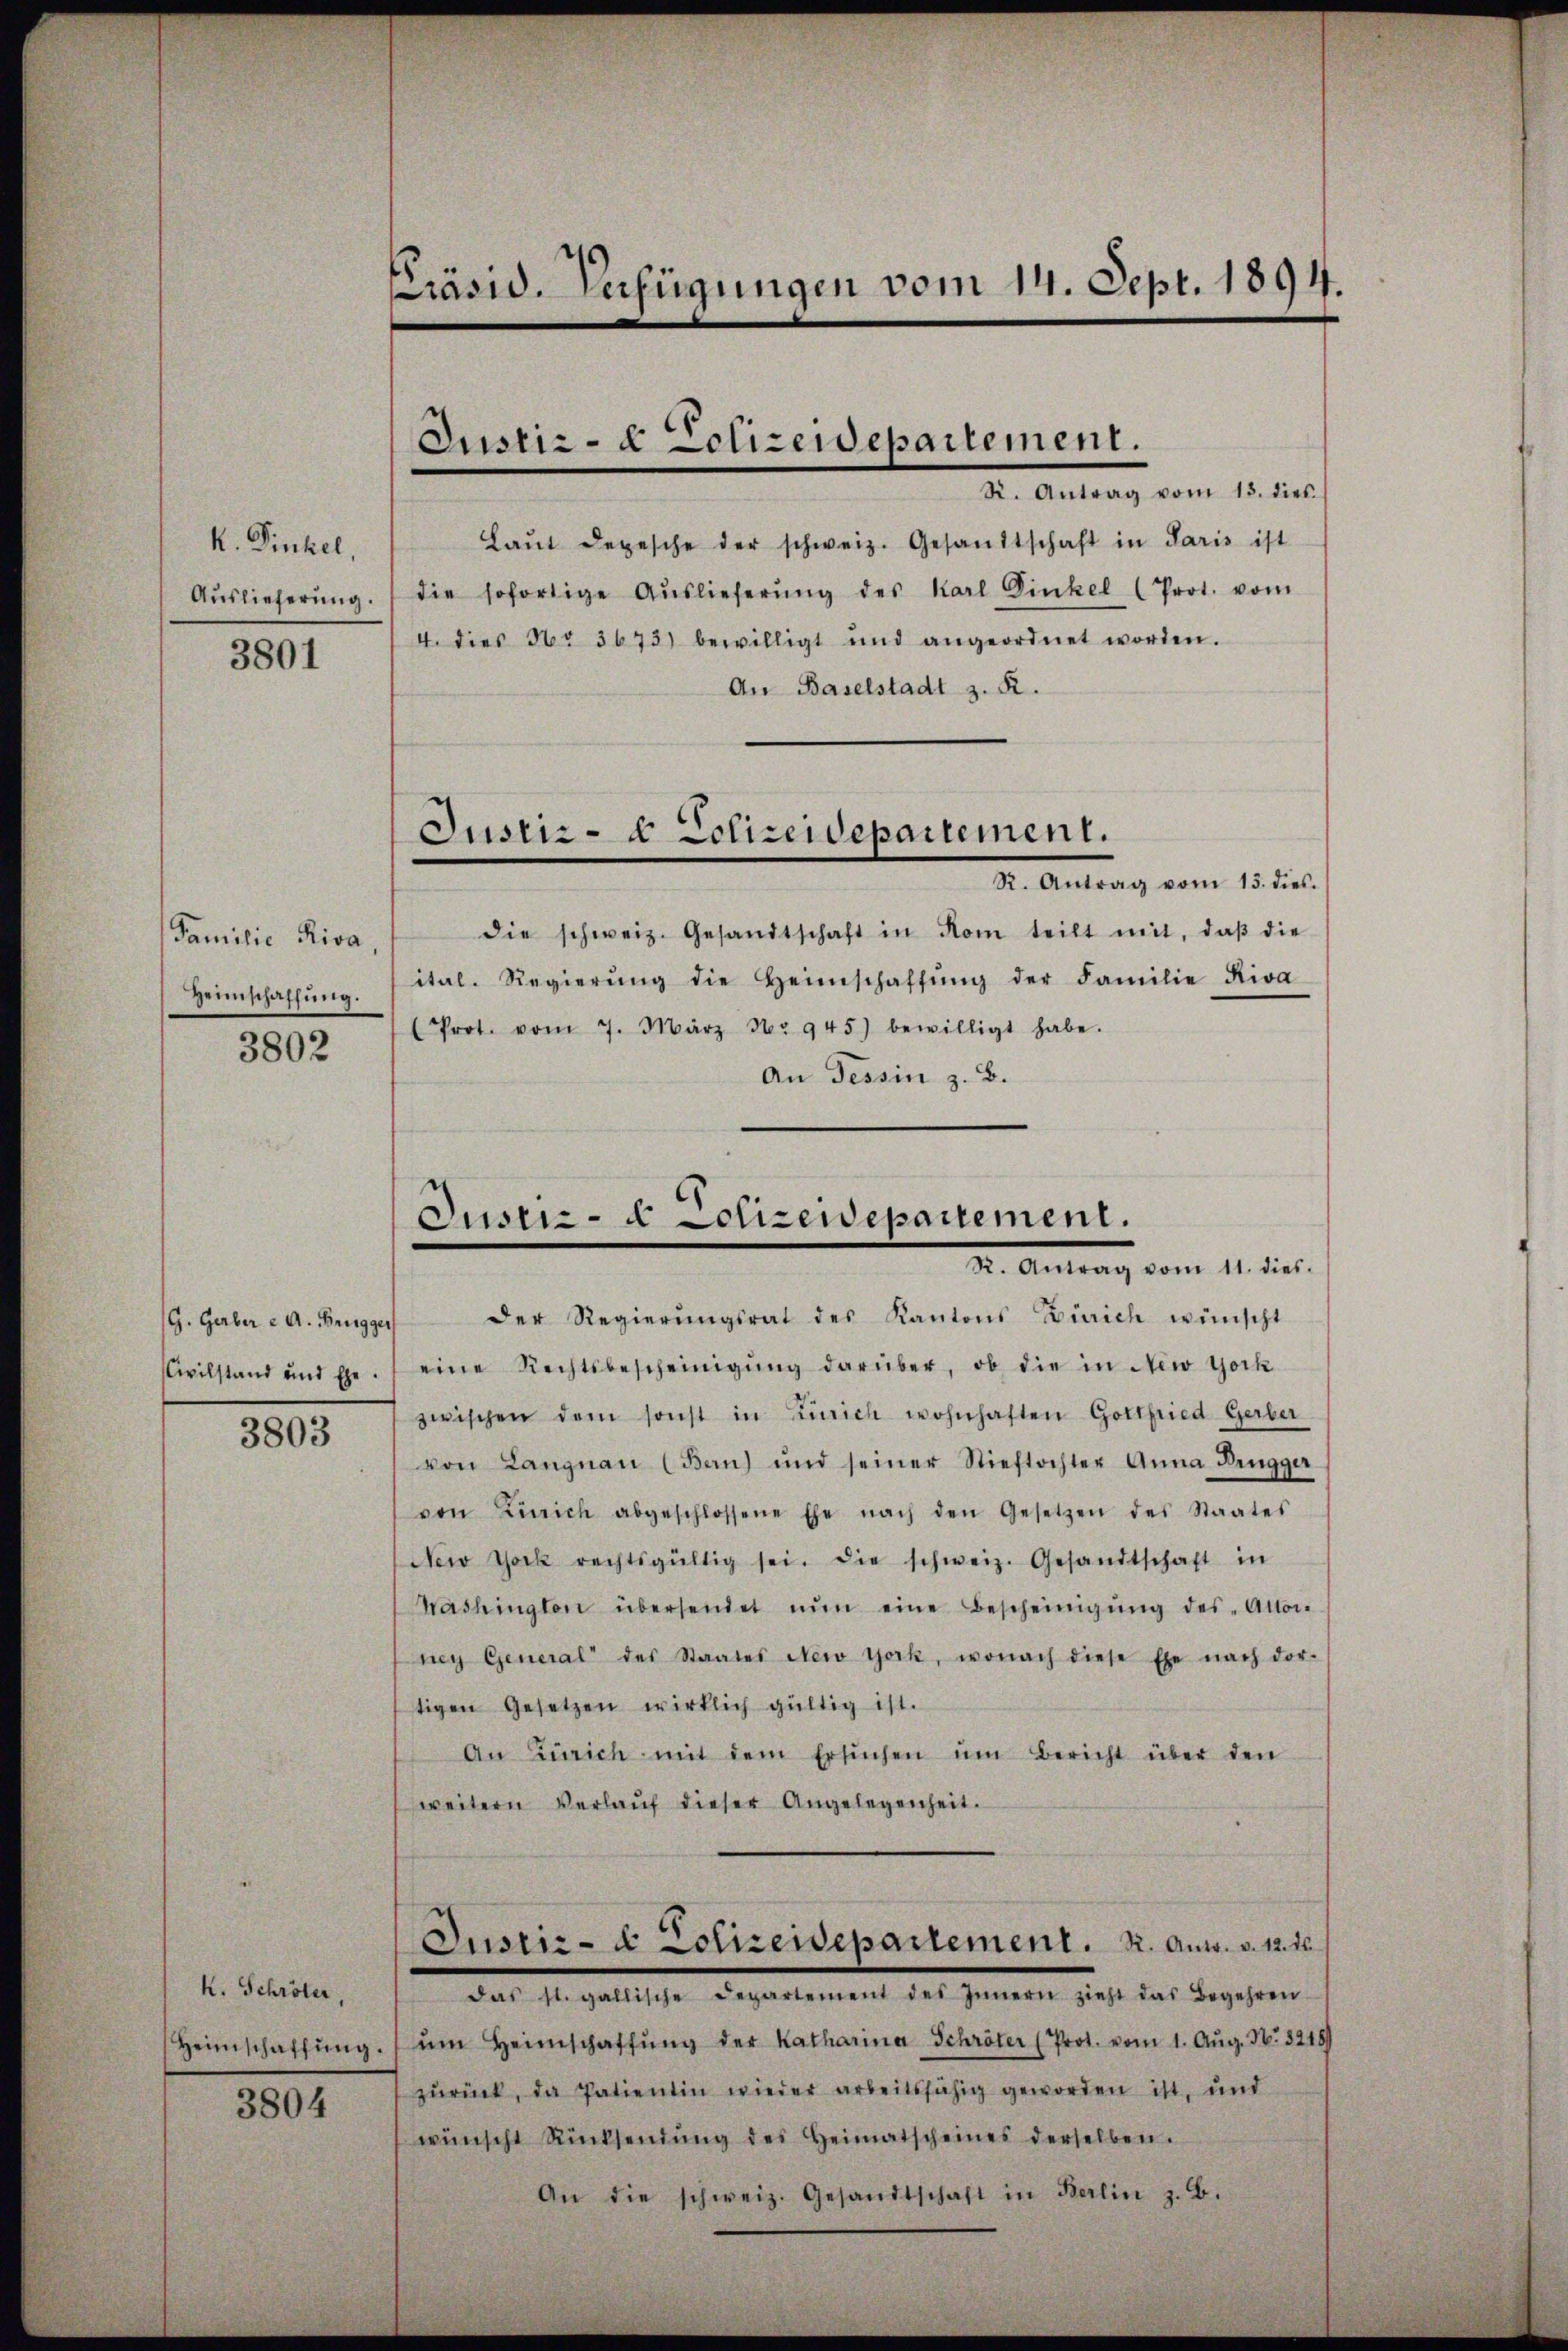
k. Finkel,
Auslieferung.
3801

Familie Riva
Heimschaffung.

3802

G. Gerber e A. Brugger
Civilstand und Ehe.
3803

K. Schröter,

3804

Präsid. Verfügungen vom 14. Sept. 1894.

Justiz- & Polizeidepartement.
R. Antrag vom 13. dies

Laŭt Depesche der schweiz. Gesandtschaft in Paris ist
die sofortige Aŭslieferŭng des Karl Dinkel (Prot. vom
4. dies Nr 3673) bewilligt und angeordnet worden.
An Baselstadt z. R.
Justiz- & Polizeidepartement.
R. Antrag vom 13. dies.
die schweiz. Gesandtschaft in Rom teilt mit, daβ die
ital. Regierŭng die Heimschaffŭng der Familie Riva
(Prot. vom 7. März 56. 945) bewilligt habe.
An Tessin z. B.

Justiz- & Polizeidepartement.
I. Antrag vom 1. dies

Der Regierŭngsrat des Kantons Zürich wünscht
eine Rechtsbescheinigŭng darüber, ob die in New York
zwischen dem sonst in Zürich wohnhaften Gottfried Gerber
von Langnau (Ban) und seiner Stieftochter Anna Brugger
von Zürich abgeschlossene Ehe nach den Gesetzen des Staates
New York rechtsgültig sei. Die schweiz. Gesandtschaft in
Washington übersendet nŭn eine Bescheinigŭng des Alton-
ney General des Staates New York, wonach diese Ehe nach dor-
tigen Gesetzen wirklich gültig ist.
An Zürich mit dem Ersŭchen ŭm Bericht über den
weitern Verlaŭf dieser Angelegenheit.
Justiz- & Polizeidepartement. K. Ant. v. 12. 16.
ette eint des Gemeine siehst das Begehren
Heimschaffŭng ŭm Heimschaffŭng der Katharina Schröter (Prot. vom 1. Aŭg. No. 8218)
zŭrück, da Patientin wieder arbeitsfähig geworden ist, und
wünscht Rücksendŭng des Heimatscheines derselben.
An die schweiz. Gesandtschaft in Berlin z. B.